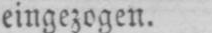
eingezogen.